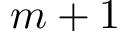
m + 1